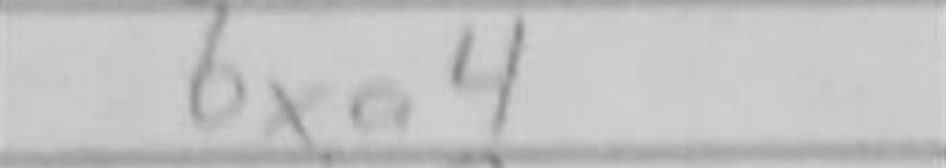
Transcription: bxa4